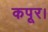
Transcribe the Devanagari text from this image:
कपूर।